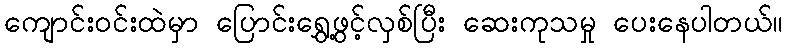
ကျောင်းဝင်းထဲမှာ ပြောင်းရွှေ့ဖွင့်လှစ်ပြီး ဆေးကုသမှု ပေးနေပါတယ်။